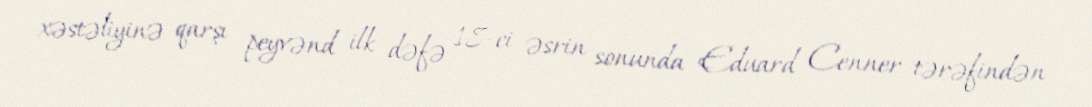
xəstəliyinə qarşı peyvənd ilk dəfə 18-ci əsrin sonunda Eduard Cenner tərəfindən